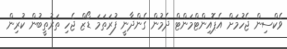
ވެކްސިން ޖެހުމަށް އެޕޮއިންޓްމަންޓް ދެމުން ގެންދާނީ ފުރަތަމަ ޑޯޒް ޖެހި ތަރުތީބުން ކުރިން